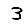
Digit: 3